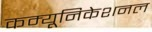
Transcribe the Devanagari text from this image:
कम्यूनिकेशनल